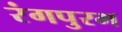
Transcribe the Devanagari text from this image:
रंगपुरम